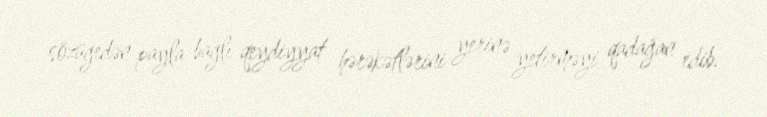
sözügedən payla bağlı qeydiyyat hərəkətlərini yerinə yetirməyi qadağan edib.